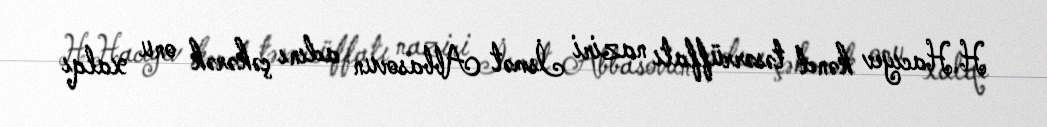
H.Hacıyev kənd təsərrüffatı naziri İsmət Abbasovun adını çəkərək onu xalqı